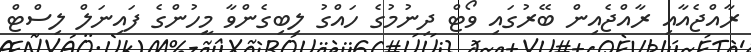
ރާއްޖެއާއި ރާއްޖެއިން ބޭރުގައި ވޯޓް ދިނުމުގެ ހައްގު ލިބިގެންވާ މީހުންގެ ފައިނަލް ލިސްޓް